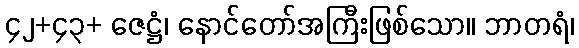
၄၂+၄၃+ ဇေဋ္ဌံ၊ နောင်တော်အကြီးဖြစ်သော။ ဘာတရံ၊